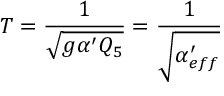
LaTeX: T = { \frac { 1 } { \sqrt { g \alpha ^ { \prime } Q _ { 5 } } } } = { \frac { 1 } { \sqrt { \alpha _ { e f f } ^ { \prime } } } }